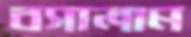
বসালাম